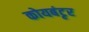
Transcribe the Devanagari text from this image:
कोयबंटृर